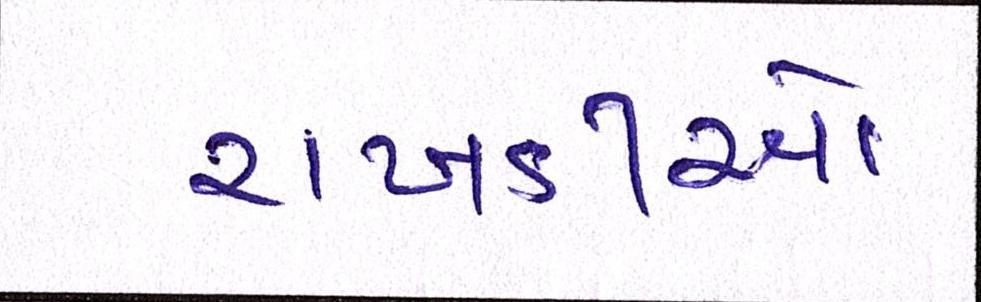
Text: રાખડીઓ